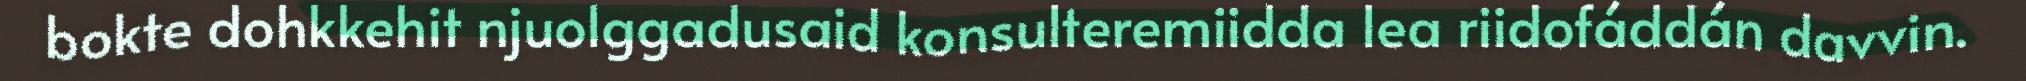
bokte dohkkehit njuolggadusaid konsulteremiidda lea riidofáddán davvin.